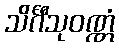
သိင်္ဂီသုဝဏ္ဏံ